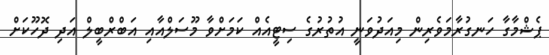
ޕެޝްމާގާ ހަނގުރާމަވެރިން މިއަދުވަނީ އުތުރުގެ ސިޓީއެއް ކަމަށްވާ މޫސަލްއާއި އަބްރްބީލް އަދި ދޮހޫކަށް